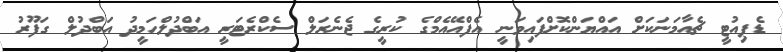
ޑެޕިއުޓީ ޗެއާމަނަކަށް އައްޔަންކޮށްފައިވަނީ އެފްއޭއެމްގެ ކުރީގެ ޖެނެރަލް ސެކްރެޓަރީ އަބްދުލްހަމީދު އަބްދުލް ގަފޫރު